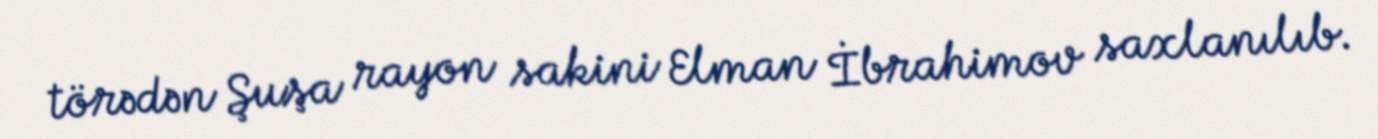
törədən Şuşa rayon sakini Elman İbrahimov saxlanılıb.